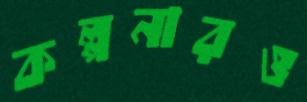
কল্পনারও